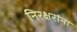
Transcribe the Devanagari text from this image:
निरक्षरांना